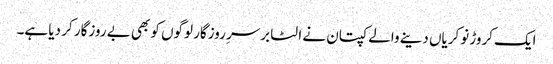
ایک کروڑ نوکریاں دینے والے کپتان نے الٹا برسرِ روزگار لوگوں کو بھی بے روزگار کر دیا ہے۔